Scottish Leaving Certificate Examination, 1954
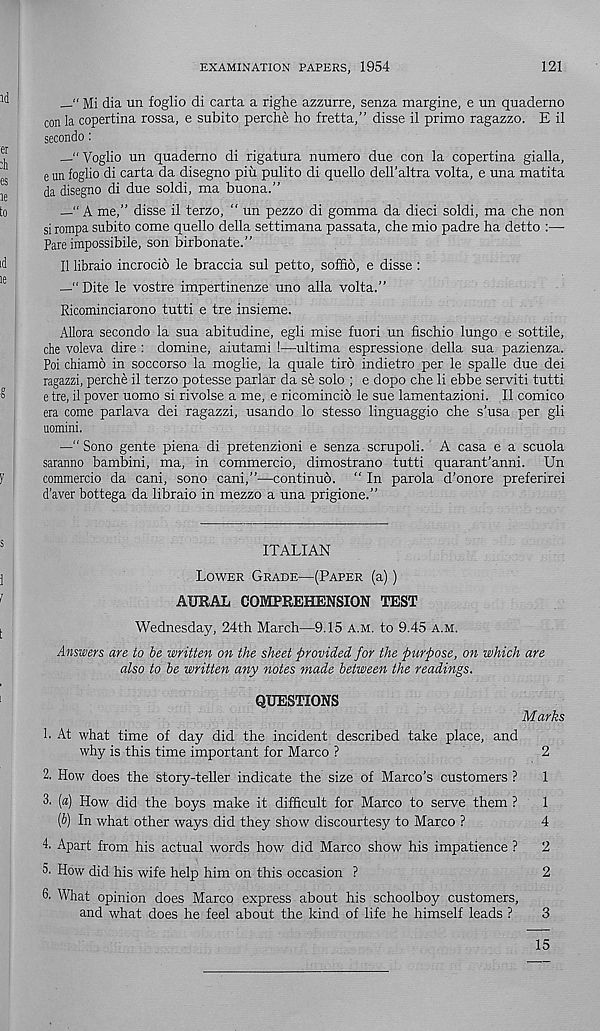
EXAMINATION PAPERS, 1954
121
—“ Mi dia un foglio di carta a righe azzurre, senza margine, e un quaderno
con la copertina rossa, e subito perche ho fretta,” disse il prime ragazzo. E il
secondo :
Voglio un quademo di rigatura numero due con la copertina gialla,
e un foglio di carta da disegno piu pulito di quello dell’altra volta, e una matita
da disegno di due soldi, ma buona.”
—“ A me,” disse il terzo, “ un pezzo di gomma da died soldi, ma che non
si rompa subito come quello della settimana passata, che mio padre ha detto :—
Pare impossibile, son birbonate.”
Il libraio incrocib le braccia sul petto, soffid, e disse :
—“Dite le vostre impertinenze uno alia volta.”
Ricominciarono tutti e tre insieme.
Allora secondo la sua abitudine, egli mise fuori un fischio lungo e sottile,
die voleva dire : domine, aiutami !—ultima espressione della sua pazienza.
Poi chiamd in soccorso la moglie, la quale tiro indietro per le spalle due dei
ragazzi, perche il terzo potesse parlar da se solo ; e dopo che li ebbe serviti tutti
e tre, il pover uomo si rivolse a me, e ricomincio le sue lamentazioni. Il comico
era come parlava dei ragazzi, usando lo stesso linguaggio che s’usa per gli
uomini.
—" Sono gente piena di pretenzioni e senza scrupoli. A casa e a scuola
saranno bambini, ma, in commercio, dimostrano tutti quarant’anni. Un
commercio da cani, sono cani,”—continuo. “ In parola d’onore preferirei
d’aver bottega da libraio in mezzo a una prigione.”
ITALIAN
Lower Grade—(Paper (a))
AURAL COMPREHENSION TEST
Wednesday, 24th March—9.15 a.m. to 9.45 a.m.
Answers are to be written on the sheet provided for the purpose, on which are
also to be written any notes made between the readings.
QUESTIONS
Marks
!• At what time of day did the incident described take place, and
why is this time important for Marco ?
2
2. How does the story-teller indicate the size of Marco’s customers ?
1
3. [a) How did the boys make it difficult for Marco to serve them ?
1
[b) In what other ways did they show discourtesy to Marco ?
4
4. Apart from his actual words how did Marco show his impatience ?
2
5. How did his wife help him on this occasion ?
2
6. What opinion does Marco express about his schoolboy customers,
and what does he feel about the kind of life he himself leads ?
3
15